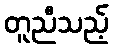
တူညီသည့်